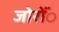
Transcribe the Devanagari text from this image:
जोरोंंं